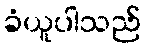
ခံယူပါသည်